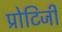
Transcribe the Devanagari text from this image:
प्रोटिजी